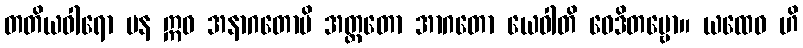
တတိယဝါရော ပန ဣဓ အနာဂတောပိ အတ္ထတော အာဂတော ယေဝါတိ ဝေဒိတဗ္ဗော။ ယထေဝ ဟိ